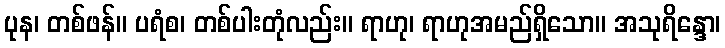
ပုန၊ တစ်ဖန်။ ပရံစ၊ တစ်ပါးတုံလည်း။ ရာဟု၊ ရာဟုအမည်ရှိသော။ အသုရိန္ဒော၊